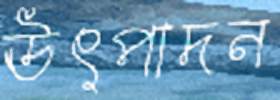
ঊৎপাদন